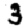
Digit: 3